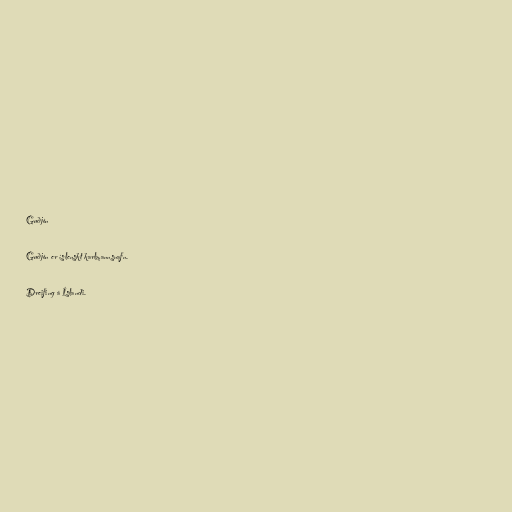
Guðjón

Guðjón er íslenskt karlmannsnafn.

Dreifing á Íslandi.